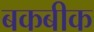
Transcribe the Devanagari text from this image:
बकबीक